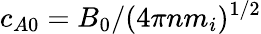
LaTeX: c_{A0}=B_{0}/(4\pi nm_{i})^{1/2}